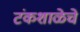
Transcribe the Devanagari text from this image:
टंकशाळेचे